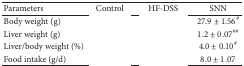
<table><thead><tr><td><b>Parameters</b></td><td><b>Control</b></td><td><b>HF-DSS</b></td><td><b>SNN</b></td></tr></thead><tbody><tr><td>Body weight (g)</td><td>[EMPTY_CELL]</td><td>[EMPTY_CELL]</td><td>27.9 ± 1.56<sup>#</sup></td></tr><tr><td>Liver weight (g)</td><td>[EMPTY_CELL]</td><td>[EMPTY_CELL]</td><td>1.2 ± 0.07<sup>##</sup></td></tr><tr><td>Liver/body weight (%)</td><td>[EMPTY_CELL]</td><td>[EMPTY_CELL]</td><td>4.0 ± 0.10<sup>#</sup></td></tr><tr><td>Food intake (g/d)</td><td>[EMPTY_CELL]</td><td>[EMPTY_CELL]</td><td>8.0 ± 1.07</td></tr></tbody></table>